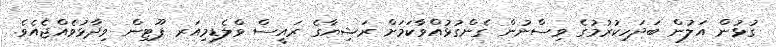
ގުޅުން އަލުން ބަދަހިކުރުމުގެ ވިސްނުން ގެންގުޅުއްވާކަމަށް ރަޝިޔާގެ ރައީސް ވްލެޑިމިއަރ ޕޫޓިން ވިދާޅުވެއްޖެއެވެ.